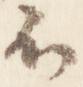
不